Lunatic asylums United Provinces 1899-1908 - 1899-1908
Year: 1899
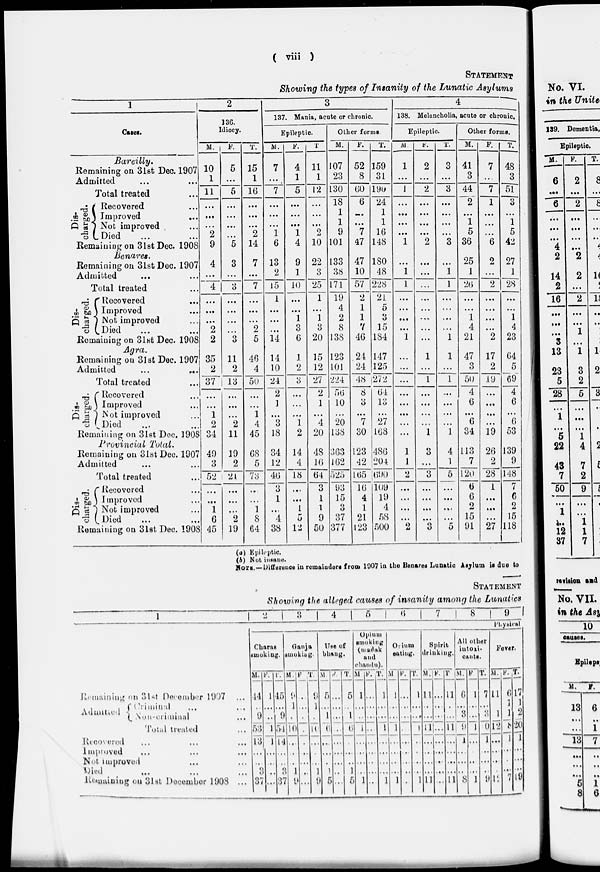
( viii )
STATEMENT
Showing the types of Insanity of the Lunatic Asylums
1
Cases.
Bareilly.
Remaining on 31st Dec. 1907
Admitted ... ...
Total treated ...
Dis-
charged.
Recovered ...
Improved ...
Not improved ...
Died ... ...
Remaining on 31st Dec. 1908
Benares.
Remaining on 31st Dec. 1907
Admitted ... ...
Total treated ...
Dis-
charged.
Recovered ...
Improved ...
Not improved ...
Died ... ...
Remaining on 31st Dec. 1908
Agra.
Remaining on 31st Dec. 1907
Admitted ... ...
Total treated ...
Dis-
charged.
Recovered ...
Improved ...
Not improved ...
Died ... ...
Remaining on 31st Dec. 1908
Provincial
Total.
Remaining on 31st Dec. 1907
Admitted ... ...
Total treated ...
Dis-
charged.
Recovered ...
Improved ...
Not improved ...
Died
...
Remaining on 31st Dec. 1908
2
136.
Idiocy.
M.
10
1
11
...
...
...
2
9
4
...
4
...
…
...
2
2
35
2
37
...
...
1
2
34
49
3
52
…
…
1
6
45
F.
5
...
5
...
...
...
...
5
3
...
3
...
…
…
…
3
11
2
13
...
...
…
2
11
19
2
21
…
…
...
2
19
T.
15
1
16
...
…
...
2
14
7
…
7
…
...
...
2
5
46
4
50
…
...
1
4
45
68
5
73
…
…
1
8
64
3
137. Mania, acute or chronic.
Epileptic.
M.
7
...
7
...
...
...
1
6
13
2
15
1
…
…
...
14
14
10
24
2
1
…
3
18
34
12
46
3
1
...
4
38
F.
4
1
5
...
...
...
1
4
9
1
10
...
...
1
3
6
1
2
3
…
…
...
1
2
14
4
18
...
...
1
5
12
T
11
1
12
...
...
...
2
10
22
3
25
1
...
1
3
20
15
12
27
2
1
…
4
20
48
16
64
3
1
1
9
50
Other forms.
M.
107
23
130
18
1
1
9
101
133
38
171
19
4
2
8
138
123
101
224
56
10
...
20
138
363
162
525
93
15
3
37
377
F.
52
8
60
6
…
...
7
47
47
10
57
2
1
1
7
46
24
24
48
8
3
...
7
30
123
42
165
16
4
1
21
123
T.
159
31
190
24
1
1
16
148
180
48
228
21
5
3
15
184
147
125
272
64
13
...
27
168
486
204
690
109
19
4
58
500
4
138. Melancholia, acute or chronic.
Epileptic.
M.
1
...
1
...
...
…
…
1
…
1
1
…
…
...
…
1
...
...
...
…
...
…
...
...
1
1
2
...
…
...
...
2
F.
2
...
2
...
...
...
...
2
…
…
...
...
...
...
...
…
1
...
1
...
…
…
...
1
3
...
3
…
...
...
...
3
T.
3
...
3
...
...
...
...
3
...
1
1
...
...
…
…
1
1
...
1
...
...
…
…
1
4
1
5
…
...
...
...
5
Other forms.
M.
41
3
44
2
...
1
5
36
25
1
26
...
…
1
4
21
47
3
50
4
6
…
6
34
113
7
120
6
6
2
15
91
F.
7
...
7
1
...
…
…
6
2
...
2
...
…
...
…
2
17
2
19
...
...
…
…
19
26
2
28
1
…
…
...
27
T.
48
3
51
3
...
1
5
42
27
1
28
...
...
1
4
23
64
5
69
4
6
…
6
53
139
9
148
7
6
2
15
118
(a) Epileptic.
(A) Not insane.
NOTE.—Difference in remainders from 1907 in the Benares Lunatic Asylum is due to
STATEMENT
Showing the alleged causes of insanity among the Lunatics
1
Remaining on 31st December 1997 ...
Admitted Criminal ... ...
Non-criminal ...
Total treated ...
Recovered ... ... ...
Improved ... ... ...
Not improved ... ... ...
Died
…
…
…
Remaining on 31st December 1908 ...
2
3
4
5
6
7
8
9
Physical
Charas
smoking.
M.
44
…
9
53
13
…
…
3
37
F.
1
…
..
1
1
…
…
…
...
T.
45
…
9
54
14
…
…
3
37
Ganja
smoking.
M.
9
1
...
10
…
…
…
1
9
F.
…
…
…
…
…
…
…
…
...
T.
9
1
…
10
…
…
…
1
9
Use of
bhang.
M.
5
…
1
6
…
…
…
1
5
F.
…
…
…
…
…
…
…
…
...
T.
5
…
1
6
…
…
…
1
5
Opium
smoking
(madak).
and
chandu).
M.
1
…
…
1
…
…
…
…
1
F.
…
…
…
…
…
…
…
…
…
T.
1
…
…
1
…
…
…
…
1
Opium
eating.
M.
1
…
…
1
…
…
…
…
1
F.
…
…
…
…
…
…
…
…
…
T.
1
…
…
1
…
…
…
…
1
Spirit
drinking.
M.
11
…
…
11
…
…
…
…
11
F.
…
…
…
…
…
…
…
…
...
T.
11
…
…
11
…
…
…
…
11
All other
intoxi-
cants.
M.
6
…
3
9
1
…
…
…
8
F.
1
…
…
1
…
…
…
…
1
T.
7
…
3
10
1
…
…
…
9
Fever.
M.
11
…
1
12
...
…
…
…
12
F.
6
1
1
8
1
…
…
…
7
T.
17
1
2
20
1
…
…
…
19